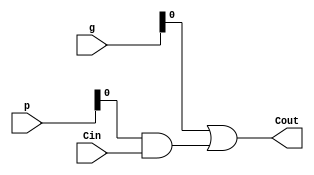
module Carry_Block_1(
    output Cout,
    input [5:0] p,
    input [5:0] g,
    input Cin
    );
	
	 assign Cout = g[0] | (p[0]&Cin);

endmodule